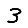
Digit: 3